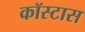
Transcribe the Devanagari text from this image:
कॉस्टास